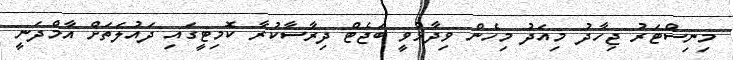
މިނިސްޓަރު ޖިހާދު މިއަދު މިހެން ވިދާޅުވީ ބަޖެޓް ދިރާސާކުރާ ކޮމިޓީގައި ދައުލަތަށް އާމްދަނީ